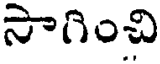
సాగించి